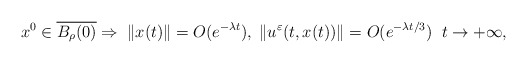
\begin{align*}x^0\in \overline{B_\rho(0)} \Rightarrow\; \|x(t)\|=O(e^{-\lambda t}),\; \|u^\varepsilon(t,x(t))\|=O(e^{-\lambda t/3}) \;\; t\to +\infty,\end{align*}